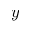
y